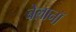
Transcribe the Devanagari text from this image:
बेलानॉ